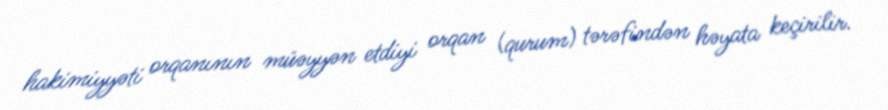
hakimiyyəti orqanının müəyyən etdiyi orqan (qurum) tərəfindən həyata keçirilir.